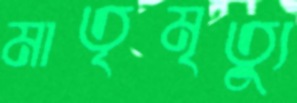
মাতৃমৃত্যু